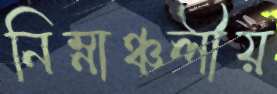
নিম্নাঞ্চলীয়